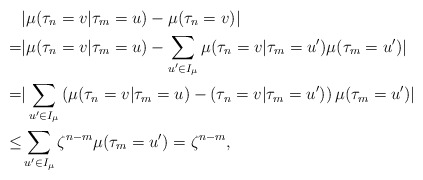
\begin{align*}& |\mu(\tau_{n}=v | \tau_{m}=u)- \mu(\tau_{n}=v)| \\=&|\mu(\tau_{n}=v | \tau_{m}=u)- \sum_{u'\in I_{\mu}} \mu(\tau_{n}=v | \tau_{m}=u') \mu(\tau_{m}=u')| \\=&|\sum_{u'\in I_{\mu}} \left ( \mu(\tau_{n}=v | \tau_{m}=u)-(\tau_{n}=v | \tau_{m}=u') \right ) \mu(\tau_{m}=u')|\\\leq & \sum_{u'\in I_{\mu}} \zeta^{n-m} \mu(\tau_{m}=u')= \zeta^{n-m},\end{align*}